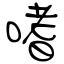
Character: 嗜